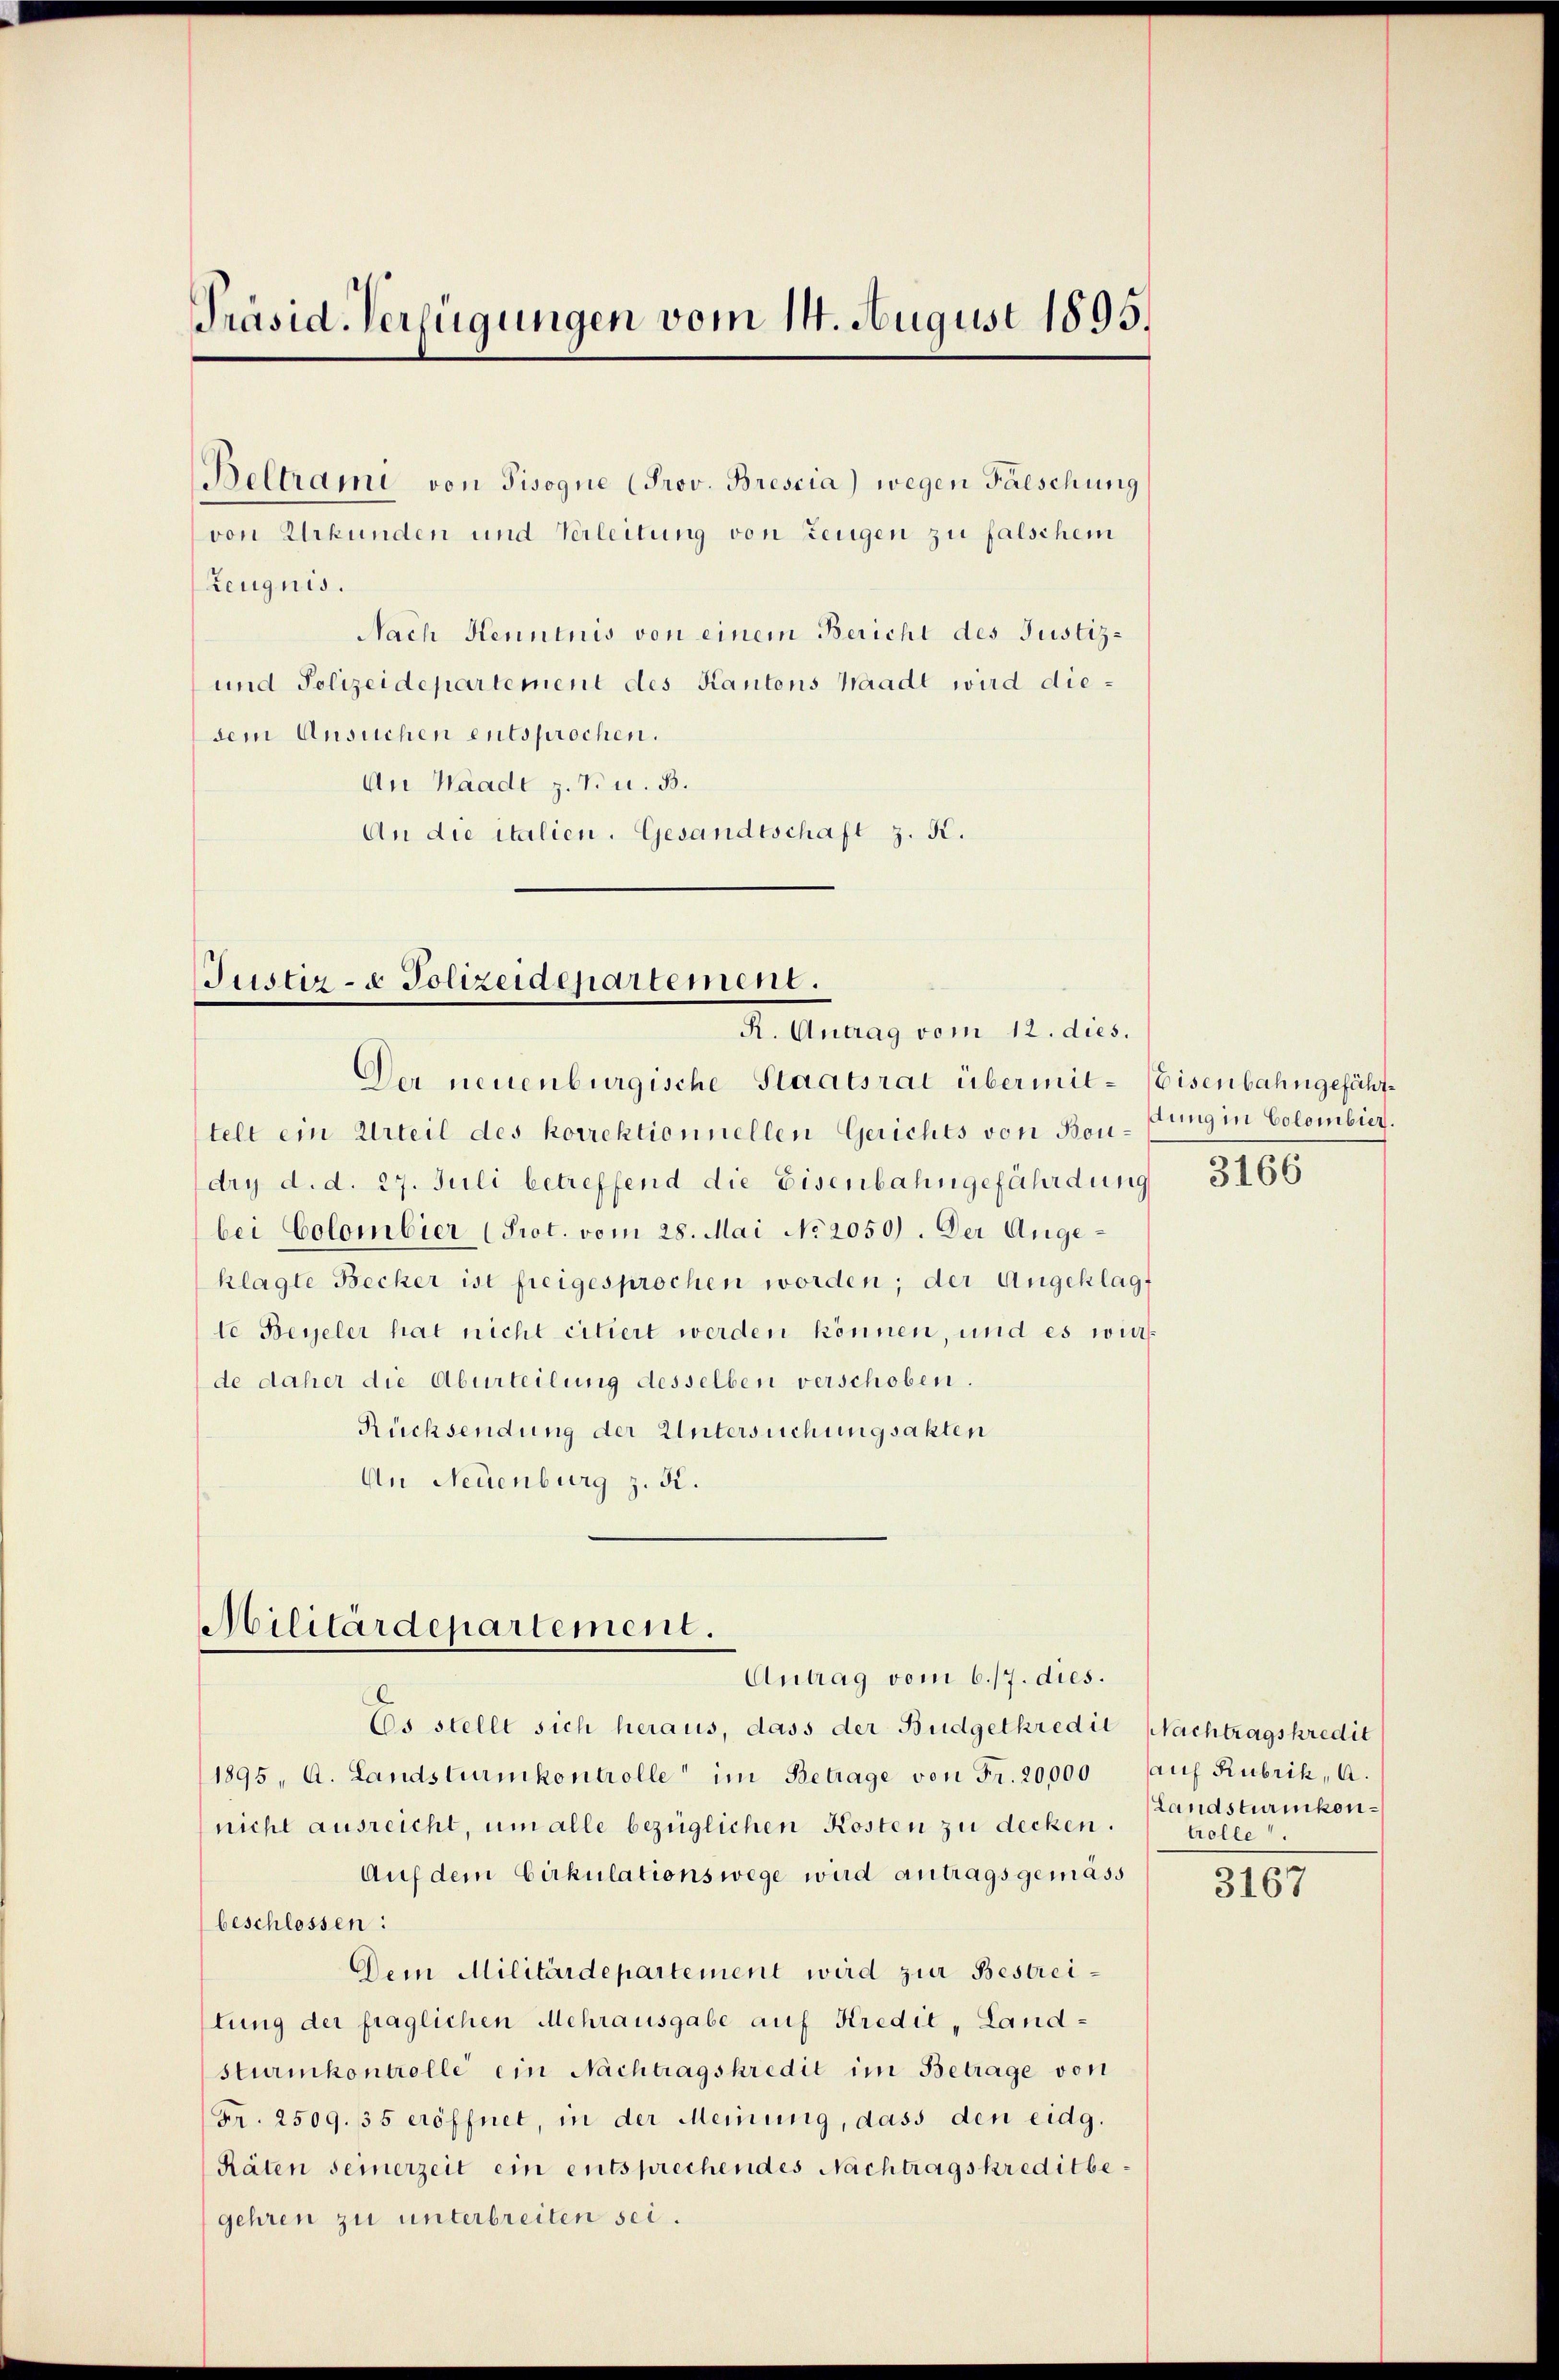
Präsid. Verfügungen vom 14. August 1895.

Beltrami von Tisogne (Prov. Brescia) wegen Falschung
von Urkunden und Verleitung von Zeugen zu falschem
Zeugnis.
und Polizeidepartement des Kantons Waadt wird diedem Ansuchen entsprochen.
An Waadt z. B. u. B.
An die italien. Gesandtschaft z. K.

Nach Henntnis von einem Bericht des Justiz-

Justiz- & Polizeidepartement.
I. Antrag vom Studier

telt ein Urteil des korrektionnellen Gerichts von Bou-Pung in Colombiez.
dry d. d. 27. Juli betreffend die Eisenbahngefährdung
bei Colombier (Prot. vom 28. Mai No 2050). Der Angeklagte Becker ist freigesprochen worden; der Angeklagt
te Beyeler hat nicht citiert werden können, und es wir
de daher die Aburteilung desselben verschoben.
Rücksendung der Untersuchungsakten
An Neuenburg z. K.

Der neuenburgische Staatsrat übermit¬ Eisenbahngefähr¬

Militärdepartement.
Antrag vom 6./7. dies.

beschlossen:
Dem Militärdepartement wird zur Bestreilung der fraglichen Mehrausgabe auf Kredit, Landsturinkontrolle ein Nachtragskredit im Betrage von
Fr. 2509. 35 eröffnet, in der Meinung, dass den eidg.
Räten seinerzeit ein entsprechendes Nachtragskreditbegehren zu unterbreiten sei.

Es stellt sich heraus, dass der Budgetkredit Nachtragskredit
1895, A. Landsturmkontrolle im Betrage von Fr. 20,000 auf Rubrik, A.
nicht ausreicht, um alle bezüglichen Kosten zu decken.
Auf dem Cirkulationswege wird antragsgemäss

3166

Landsturmkontrolle

3167